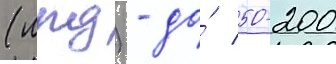
(лпд) - до́ 50-200